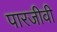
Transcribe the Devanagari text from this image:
पारजीवी